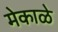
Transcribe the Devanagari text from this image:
मेकाळे